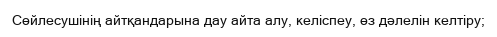
Сөйлесушінің айтқандарына дау айта алу, келіспеу, өз дәлелін келтіру;